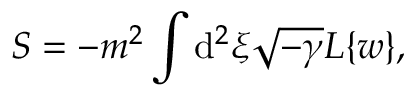
{ \cal S } = - m ^ { 2 } \int \mathrm { d } ^ { 2 } \xi \sqrt { - \gamma } { \cal L } \{ w \} ,